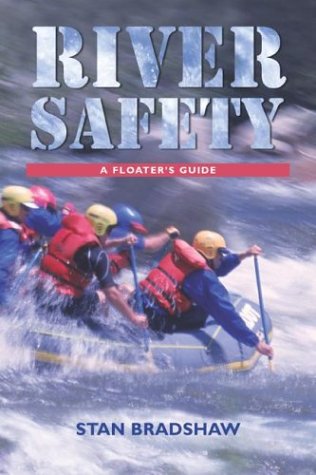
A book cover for River Safety: A Floaters Guide; Stan Bradshaw; Sports & Outdoors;